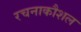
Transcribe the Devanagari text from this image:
रचनाकौशल